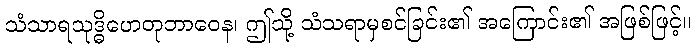
သံသာရသုဒ္ဓိဟေတုဘာဝေန၊ ဤသို့ သံသရာမှစင်ခြင်း၏ အကြောင်း၏ အဖြစ်ဖြင့်။